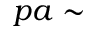
p a \sim